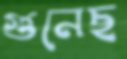
গুনেছ